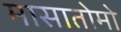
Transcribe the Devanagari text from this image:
मासातोमो